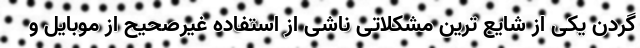
گردن یکی از شایع ترین مشکلاتی ناشی از استفاده غیرصحیح از موبایل و